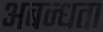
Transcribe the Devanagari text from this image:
अबन्धता